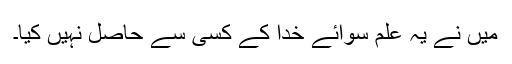
میں نے یہ علم سوائے خدا کے کسی سے حاصل نہیں کیا۔